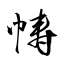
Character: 帱